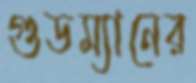
গুডম্যানের